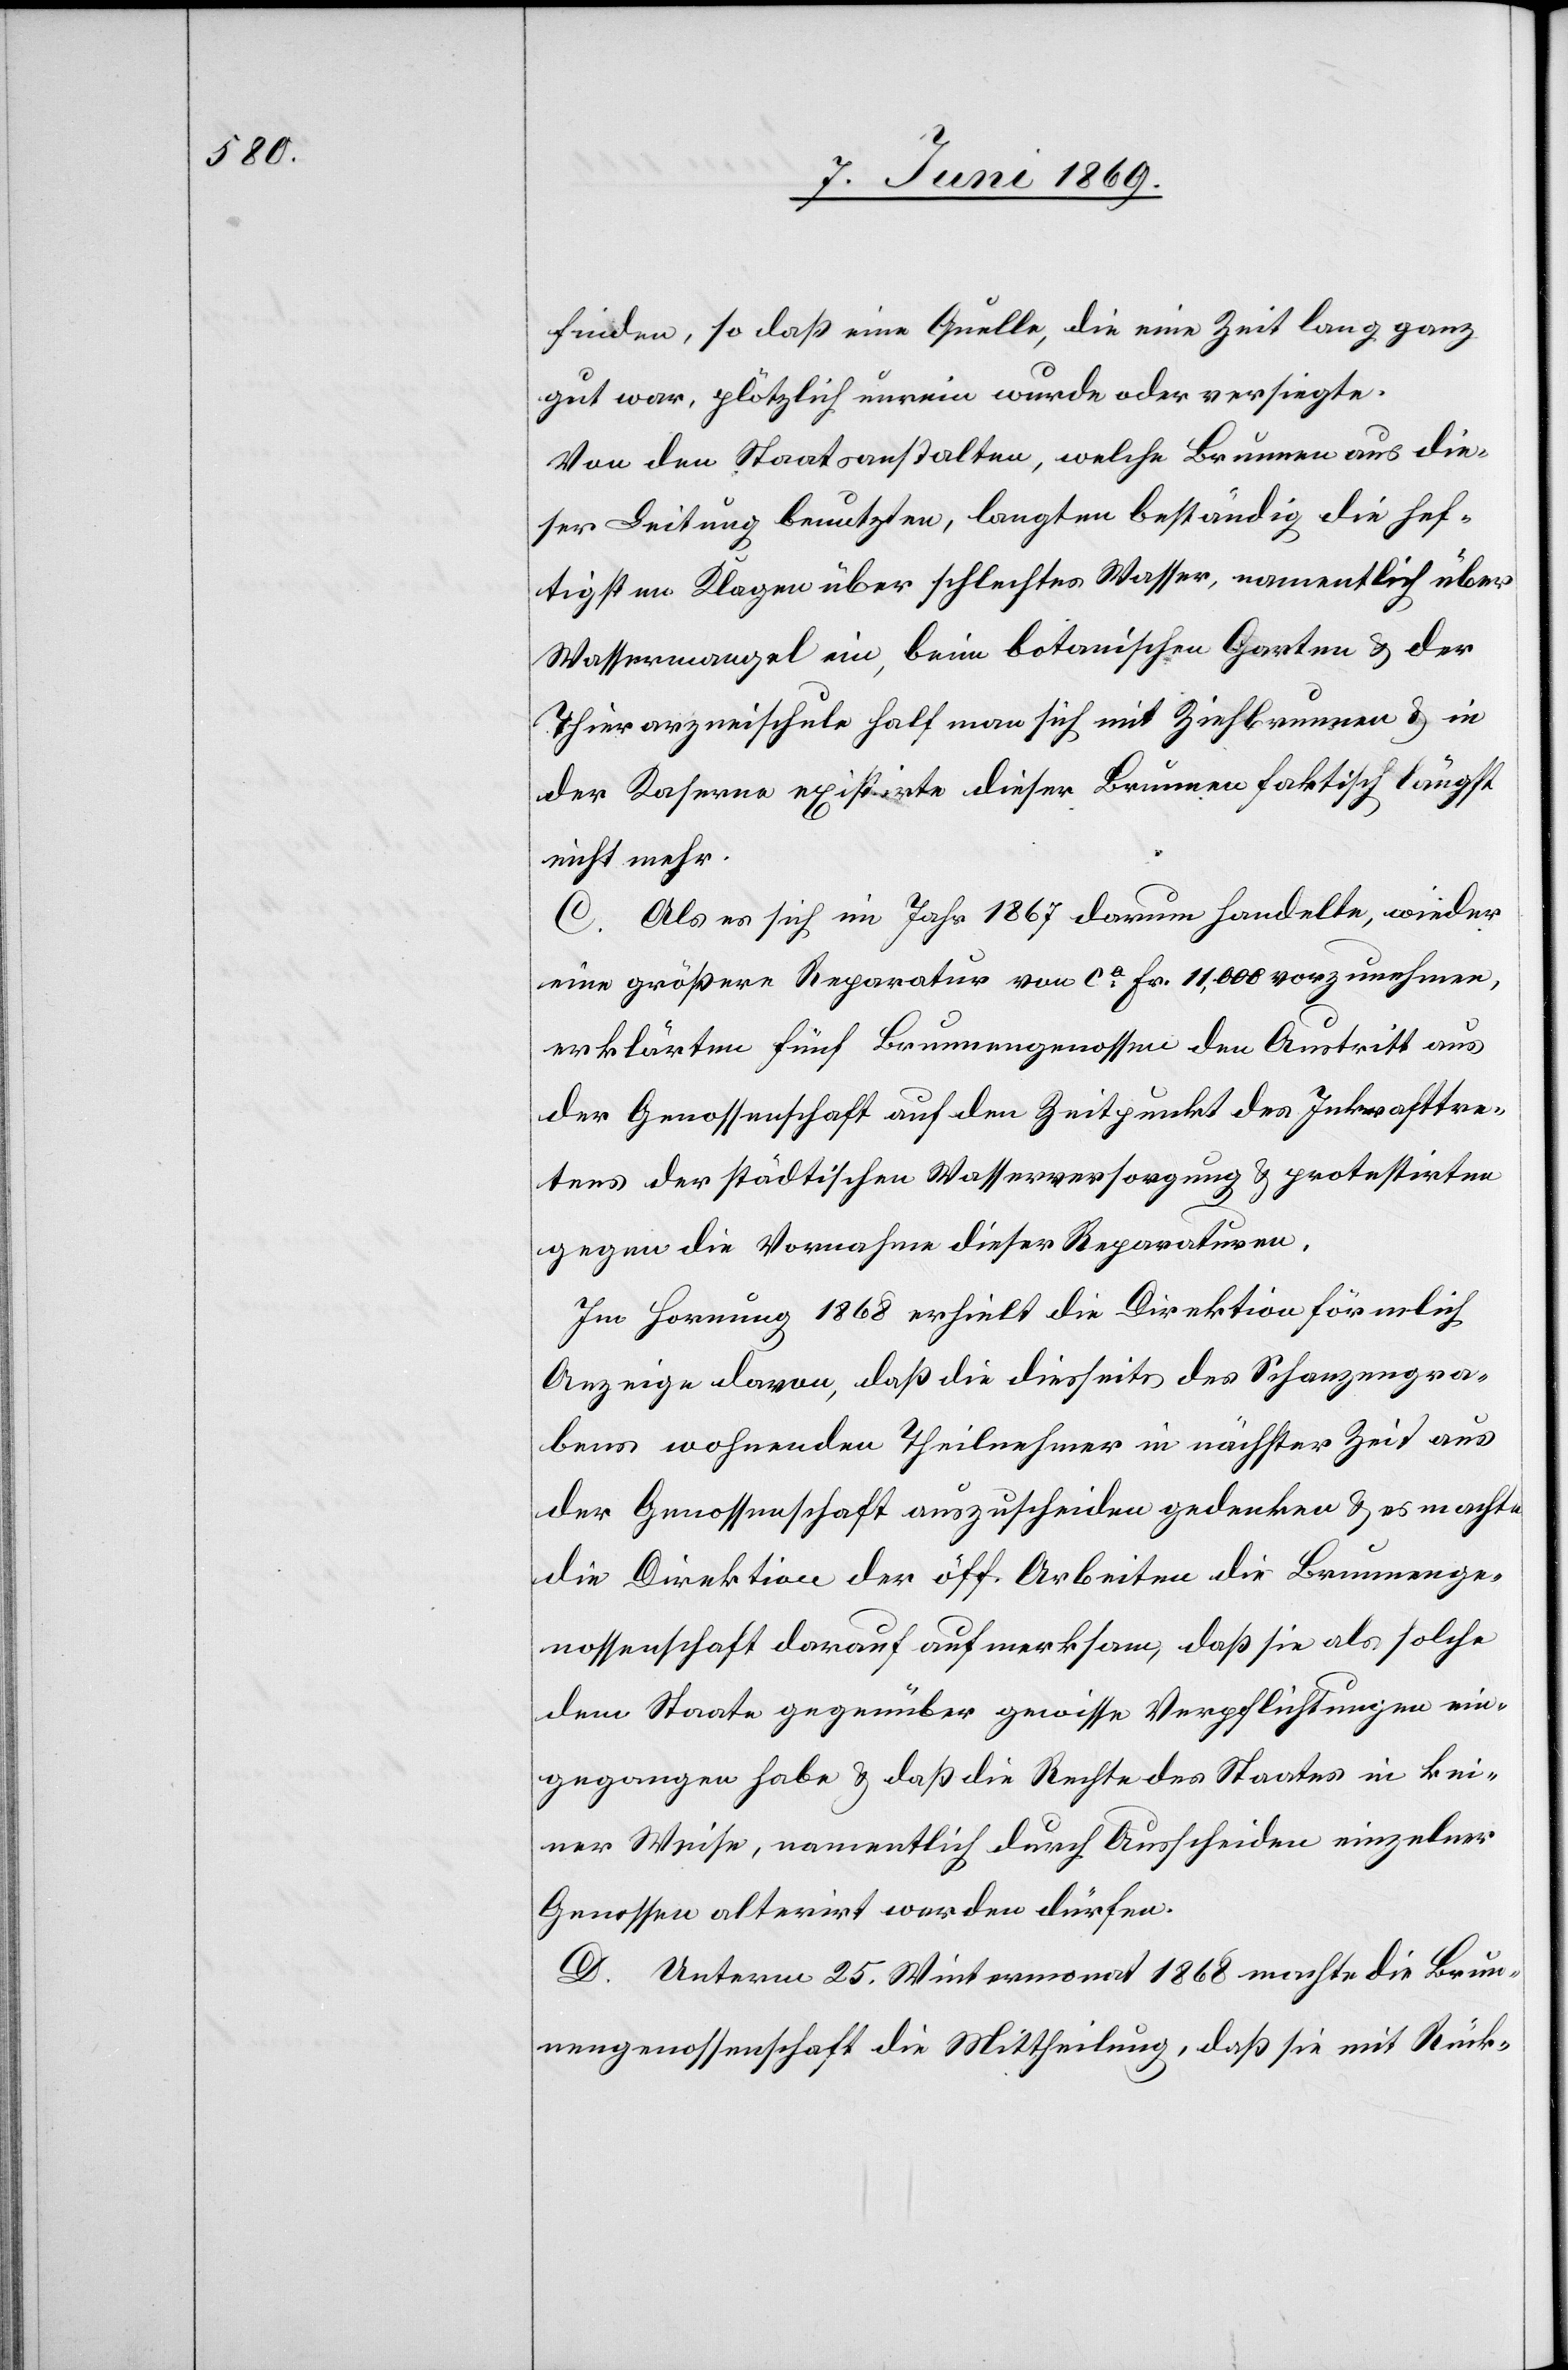
finden, so daß eine Quelle, die eine Zeit lang ganz
gut war, plötzlich unrein wurde oder versiegte.
Von den Staatsanstalten, welche Brunnen aus die¬
ser Leitung benutzten, langten beständig die hef¬
tigsten Klagen über schlechtes Wasser, namentlich über
Wassermangel ein, beim botanischen Garten u. der
Thierarzneischule half man sich mit Ziehbrunnen u. in
der Kaserne existirte dieser Brunnen faktisch längst
nicht mehr.
C. Als es sich im Jahr 1867 darum handelte, wieder
eine größere Reparatur von ca fr. 11,000 vorzunehmen,
erklärten fünf Brunnengenossen den Austritt aus
der Genossenschaft auf den Zeitpunkt des Inkrafttre¬
tens der städtischen Wasserversorgung u. protestirten
gegen die Vornahme dieser Reparaturen.
Im Hornung 1868 erhielt die Direktion förmlich
Anzeige davon, daß die dortseits des Schanzengra¬
bens wohnenden Theilnehmer in nächster Zeit aus
der Genossenschaft auszuscheiden gedenken u. es machte
die Direktion der öff. Arbeiten die Brunnenge¬
nossenschaft darauf aufmerksam, daß sie als solche
dem Staate gegenüber gewisse Verpflichtungen ein¬
gegangen habe, u. daß die Rechte des Staates in kei¬
ner Weise, namentlich durch Ausscheiden einzelner
Genossen alterirt werden dürfen.
D. Unterm 25 Wintermonat 1868 machte die Brun¬
nengenossenschaft die Mittheilung, daß sie mit Rück-